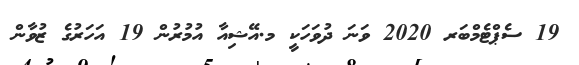
19 ސެޕްޓެމްބަރ 2020 ވަނަ ދުވަހަކީ މ.އޭޝިއާ އުމުރުން 19 އަހަރުގެ ޒުވާން